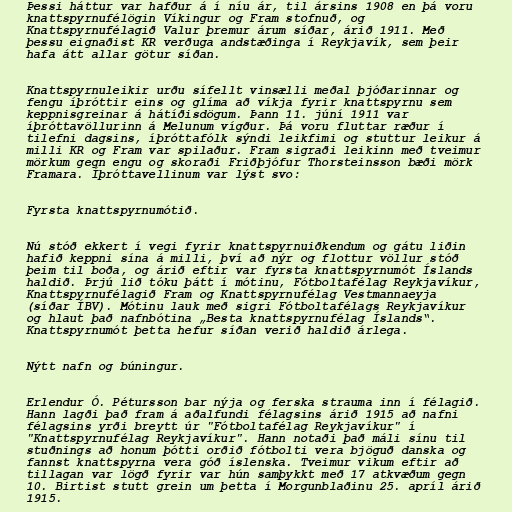
Þessi háttur var hafður á í níu ár, til ársins 1908 en þá voru
knattspyrnufélögin Víkingur og Fram stofnuð, og
Knattspyrnufélagið Valur þremur árum síðar, árið 1911. Með
þessu eignaðist KR verðuga andstæðinga í Reykjavík, sem þeir
hafa átt allar götur síðan.

Knattspyrnuleikir urðu sífellt vinsælli meðal þjóðarinnar og
fengu íþróttir eins og glíma að víkja fyrir knattspyrnu sem
keppnisgreinar á hátíðisdögum. Þann 11. júní 1911 var
íþróttavöllurinn á Melunum vígður. Þá voru fluttar ræður í
tilefni dagsins, íþróttafólk sýndi leikfimi og stuttur leikur á
milli KR og Fram var spilaður. Fram sigraði leikinn með tveimur
mörkum gegn engu og skoraði Friðþjófur Thorsteinsson bæði mörk
Framara. Íþróttavellinum var lýst svo:

Fyrsta knattspyrnumótið.

Nú stóð ekkert í vegi fyrir knattspyrnuiðkendum og gátu liðin
hafið keppni sína á milli, því að nýr og flottur völlur stóð
þeim til boða, og árið eftir var fyrsta knattspyrnumót Íslands
haldið. Þrjú lið tóku þátt í mótinu, Fótboltafélag Reykjavíkur,
Knattspyrnufélagið Fram og Knattspyrnufélag Vestmannaeyja
(síðar ÍBV). Mótinu lauk með sigri Fótboltafélags Reykjavíkur
og hlaut það nafnbótina „Besta knattspyrnufélag Íslands“.
Knattspyrnumót þetta hefur síðan verið haldið árlega.

Nýtt nafn og búningur.

Erlendur Ó. Pétursson bar nýja og ferska strauma inn í félagið.
Hann lagði það fram á aðalfundi félagsins árið 1915 að nafni
félagsins yrði breytt úr "Fótboltafélag Reykjavíkur" í
"Knattspyrnufélag Reykjavíkur". Hann notaði það máli sínu til
stuðnings að honum þótti orðið fótbolti vera bjöguð danska og
fannst knattspyrna vera góð íslenska. Tveimur vikum eftir að
tillagan var lögð fyrir var hún samþykkt með 17 atkvæðum gegn
10. Birtist stutt grein um þetta í Morgunblaðinu 25. apríl árið
1915.